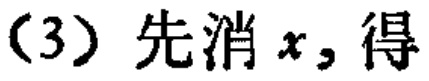
(3) 先消 \(x\)，得